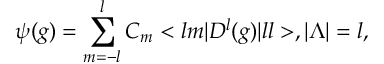
\psi ( g ) = \sum _ { m = - l } ^ { l } C _ { m } < l m | D ^ { l } ( g ) | l l > , | { \Lambda } | = l ,